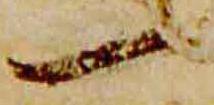
一